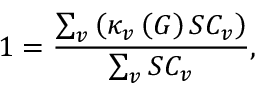
1 = \frac { \sum _ { v } \left( \kappa _ { v } \left( G \right) S C _ { v } \right) } { \sum _ { v } S C _ { v } } ,